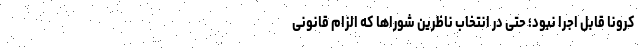
کرونا قابل اجرا نبود؛ حتی در انتخاب ناظرین شوراها که الزام قانونی